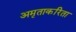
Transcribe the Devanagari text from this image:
अमृताकरिता